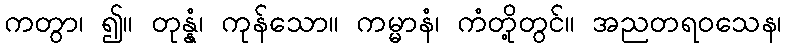
ကတွာ၊ ၍။ တုန္နံ၊ ကုန်သော။ ကမ္မာနံ၊ ကံတို့တွင်။ အညတရဝသေန၊